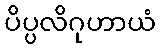
ပိပ္ပလိဂုဟာယံ